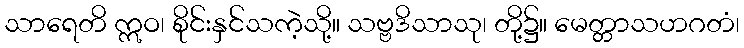
သာရေတိ ဣဝ၊ စိုင်းနှင်သကဲ့သို့။ သဗ္ဗဒိသာသု၊ တို့၌။ မေတ္တာသဟဂတံ၊